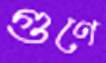
গুণে